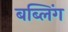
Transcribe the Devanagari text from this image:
बब्लिंग